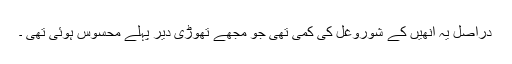
دراصل یہ اُنھیں کے شوروغُل کی کمی تھی جو مجھے تھوڑی دیر پہلے محسوس ہوئی تھی ۔